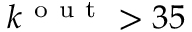
k ^ { \mathrm { ~ o ~ u ~ t ~ } } > 3 5